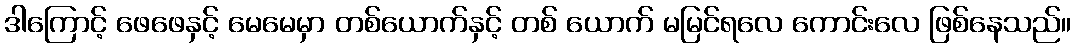
ဒါကြောင့် ဖေဖေနှင့် မေမေမှာ တစ်ယောက်နှင့် တစ် ယောက် မမြင်ရလေ ကောင်းလေ ဖြစ်နေသည်။